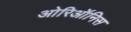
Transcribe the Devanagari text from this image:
ओरिऑनिस